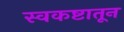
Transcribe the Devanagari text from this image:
स्वकष्टातून